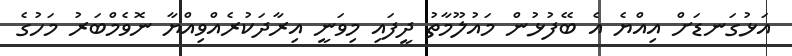
އަޅުގަނޑަށް އިއްޔެ އެ ބޭފުޅުން މައުލޫމާތު ދީފައި މިވަނީ އިރާދަކުރެއްވިއްޔާ ނޮވެމްބަރު މަހުގެ